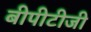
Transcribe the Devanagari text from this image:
बीपीटीजी